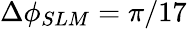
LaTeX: \Delta\phi_{SLM}=\pi/17